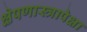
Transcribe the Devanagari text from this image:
क्षेपणास्त्रापेक्षा